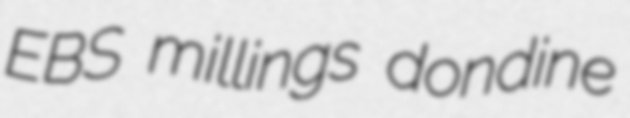
EBS millings dondine